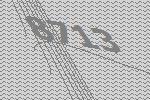
8713